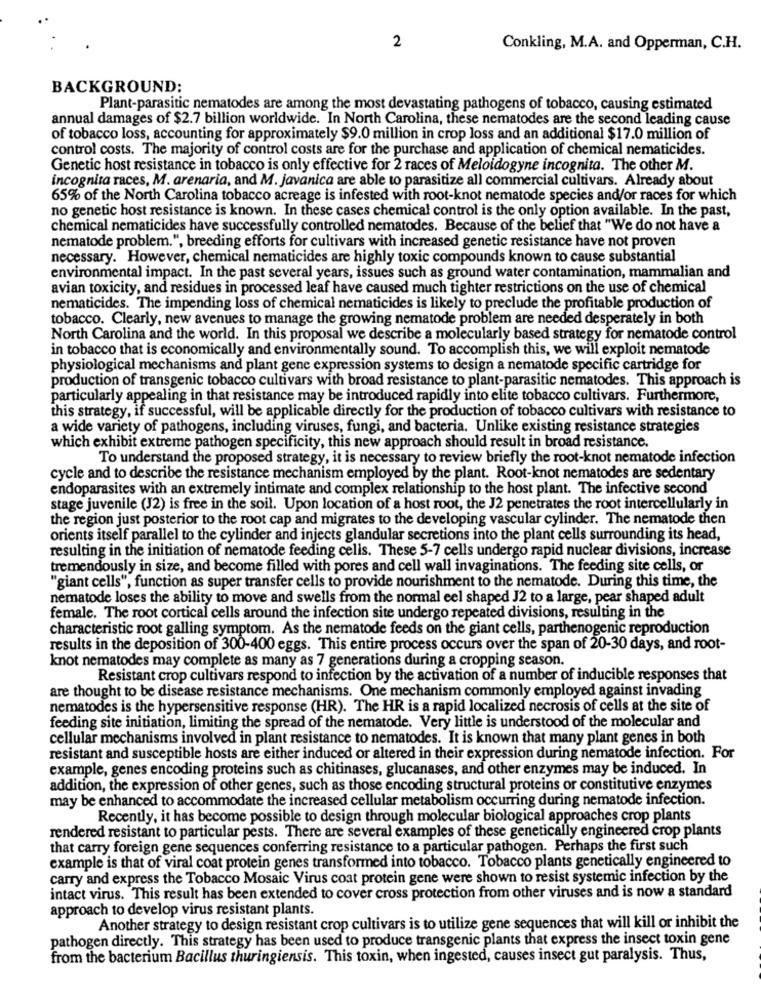
2
Conkling, M.A. and Opperman, C.H.
BACKGROUND:
Plant-parasitic nematodes are among the most devastating pathogens of tobacco, causing estimated
annual damages of $2.7 billion worldwide. In North Carolina, these nematodes are the second leading cause
of tobacco loss, accounting for approximately $9.0 million in crop loss and an additional $17.0 million of
control costs. The majority of control costs are for the purchase and application of chemical nematicides.
Genetic host resistance in tobacco is only effective for 2 races of Meloidogyne incognita. The other M.
incognita races, M. arenaria, and M. javanica are able to parasitize all commercial cultivars. Already about
65% of the North Carolina tobacco acreage is infested with root-knot nematode species and/or races for which
no genetic host resistance is known. In these cases chemical control is the only option available. In the past,
chemical nematicides have successfully controlled nematodes. Because of the belief that "We do not have a
nematode problem.", breeding efforts for cultivars with increased genetic resistance have not proven
necessary. However, chemical nematicides are highly toxic compounds known to cause substantial
environmental impact. In the past several years, issues such as ground water contamination, mammalian and
avian toxicity, and residues in processed leaf have caused much tighter restrictions on the use of chemical
nematicides. The impending loss of chemical nematicides is likely to preclude the profitable production of
tobacco. Clearly, new avenues to manage the growing nematode problem are needed desperately in both
North Carolina and the world. In this proposal we describe a molecularly based strategy for nematode control
in tobacco that is economically and environmentally sound. To accomplish this, we will exploit nematode
physiological mechanisms and plant gene expression systems to design a nematode specific cartridge for
production of transgenic tobacco cultivars with broad resistance to plant-parasitic nematodes. This approach is
particularly appealing in that resistance may be introduced rapidly into elite tobacco cultivars. Furthermore,
this strategy, if successful, will be applicable directly for the production of tobacco cultivars with resistance to
a wide variety of pathogens, including viruses, fungi, and bacteria. Unlike existing resistance strategies
which exhibit extreme pathogen specificity, this new approach should result in broad resistance.
To understand the proposed strategy, it is necessary to review briefly the root-knot nematode infection
cycle and to describe the resistance mechanism employed by the plant. Root-knot nematodes are sedentary
endoparasites with an extremely intimate and complex relationship to the host plant. The infective second
stage juvenile (J2) is free in the soil. Upon location of a host root, the J2 penetrates the root intercellularly in
the region just posterior to the root cap and migrates to the developing vascular cylinder. The nematode then
orients itself parallel to the cylinder and injects glandular secretions into the plant cells surrounding its head,
resulting in the initiation of nematode feeding cells. These 5-7 cells undergo rapid nuclear divisions, increase
tremendously in size, and become filled with pores and cell wall invaginations. The feeding site cells, or
"giant cells", function as super transfer cells to provide nourishment to the nematode. During this time, the
nematode loses the ability to move and swells from the normal eel shaped J2 to a large, pear shaped adult
female. The root cortical cells around the infection site undergo repeated divisions, resulting in the
characteristic root galling symptom. As the nematode feeds on the giant cells, parthenogenic reproduction
results in the deposition of 300-400 eggs. This entire process occurs over the span of 20-30 days, and root-
knot nematodes may complete as many as 7 generations during a cropping season.
Resistant crop cultivars respond to infection by the activation of a number of inducible responses that
are thought to be disease resistance mechanisms. One mechanism commonly employed against invading
nematodes is the hypersensitive response (HR). The HR is a rapid localized necrosis of cells at the site of
feeding site initiation, limiting the spread of the nematode. Very little is understood of the molecular and
cellular mechanisms involved in plant resistance to nematodes. It is known that many plant genes in both
resistant and susceptible hosts are either induced or altered in their expression during nematode infection. For
example, genes encoding proteins such as chitinases, glucanases, and other enzymes may be induced. In
addition, the expression of other genes, such as those encoding structural proteins or constitutive enzymes
may be enhanced to accommodate the increased cellular metabolism occurring during nematode infection.
Recently, it has become possible to design through molecular biological approaches crop plants
rendered resistant to particular pests. There are several examples of these genetically engineered crop plants
that carry foreign gene sequences conferring resistance to a particular pathogen. Perhaps the first such
example is that of viral coat protein genes transformed into tobacco. Tobacco plants genetically engineered to
carry and express the Tobacco Mosaic Virus coat protein gene were shown to resist systemic infection by the
intact virus. This result has been extended to cover cross protection from other viruses and is now a standard
approach to develop virus resistant plants.
Another strategy to design resistant crop cultivars is to utilize gene sequences that will kill or inhibit the
pathogen directly. This strategy has been used to produce transgenic plants that express the insect toxin gene
from the bacterium Bacillus thuringiensis. This toxin, when ingested, causes insect gut paralysis. Thus,